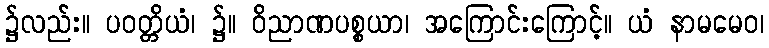
၌လည်း။ ပဝတ္တိယံ၊ ၌။ ဝိညာဏပစ္စယာ၊ အကြောင်းကြောင့်။ ယံ နာမမေဝ၊